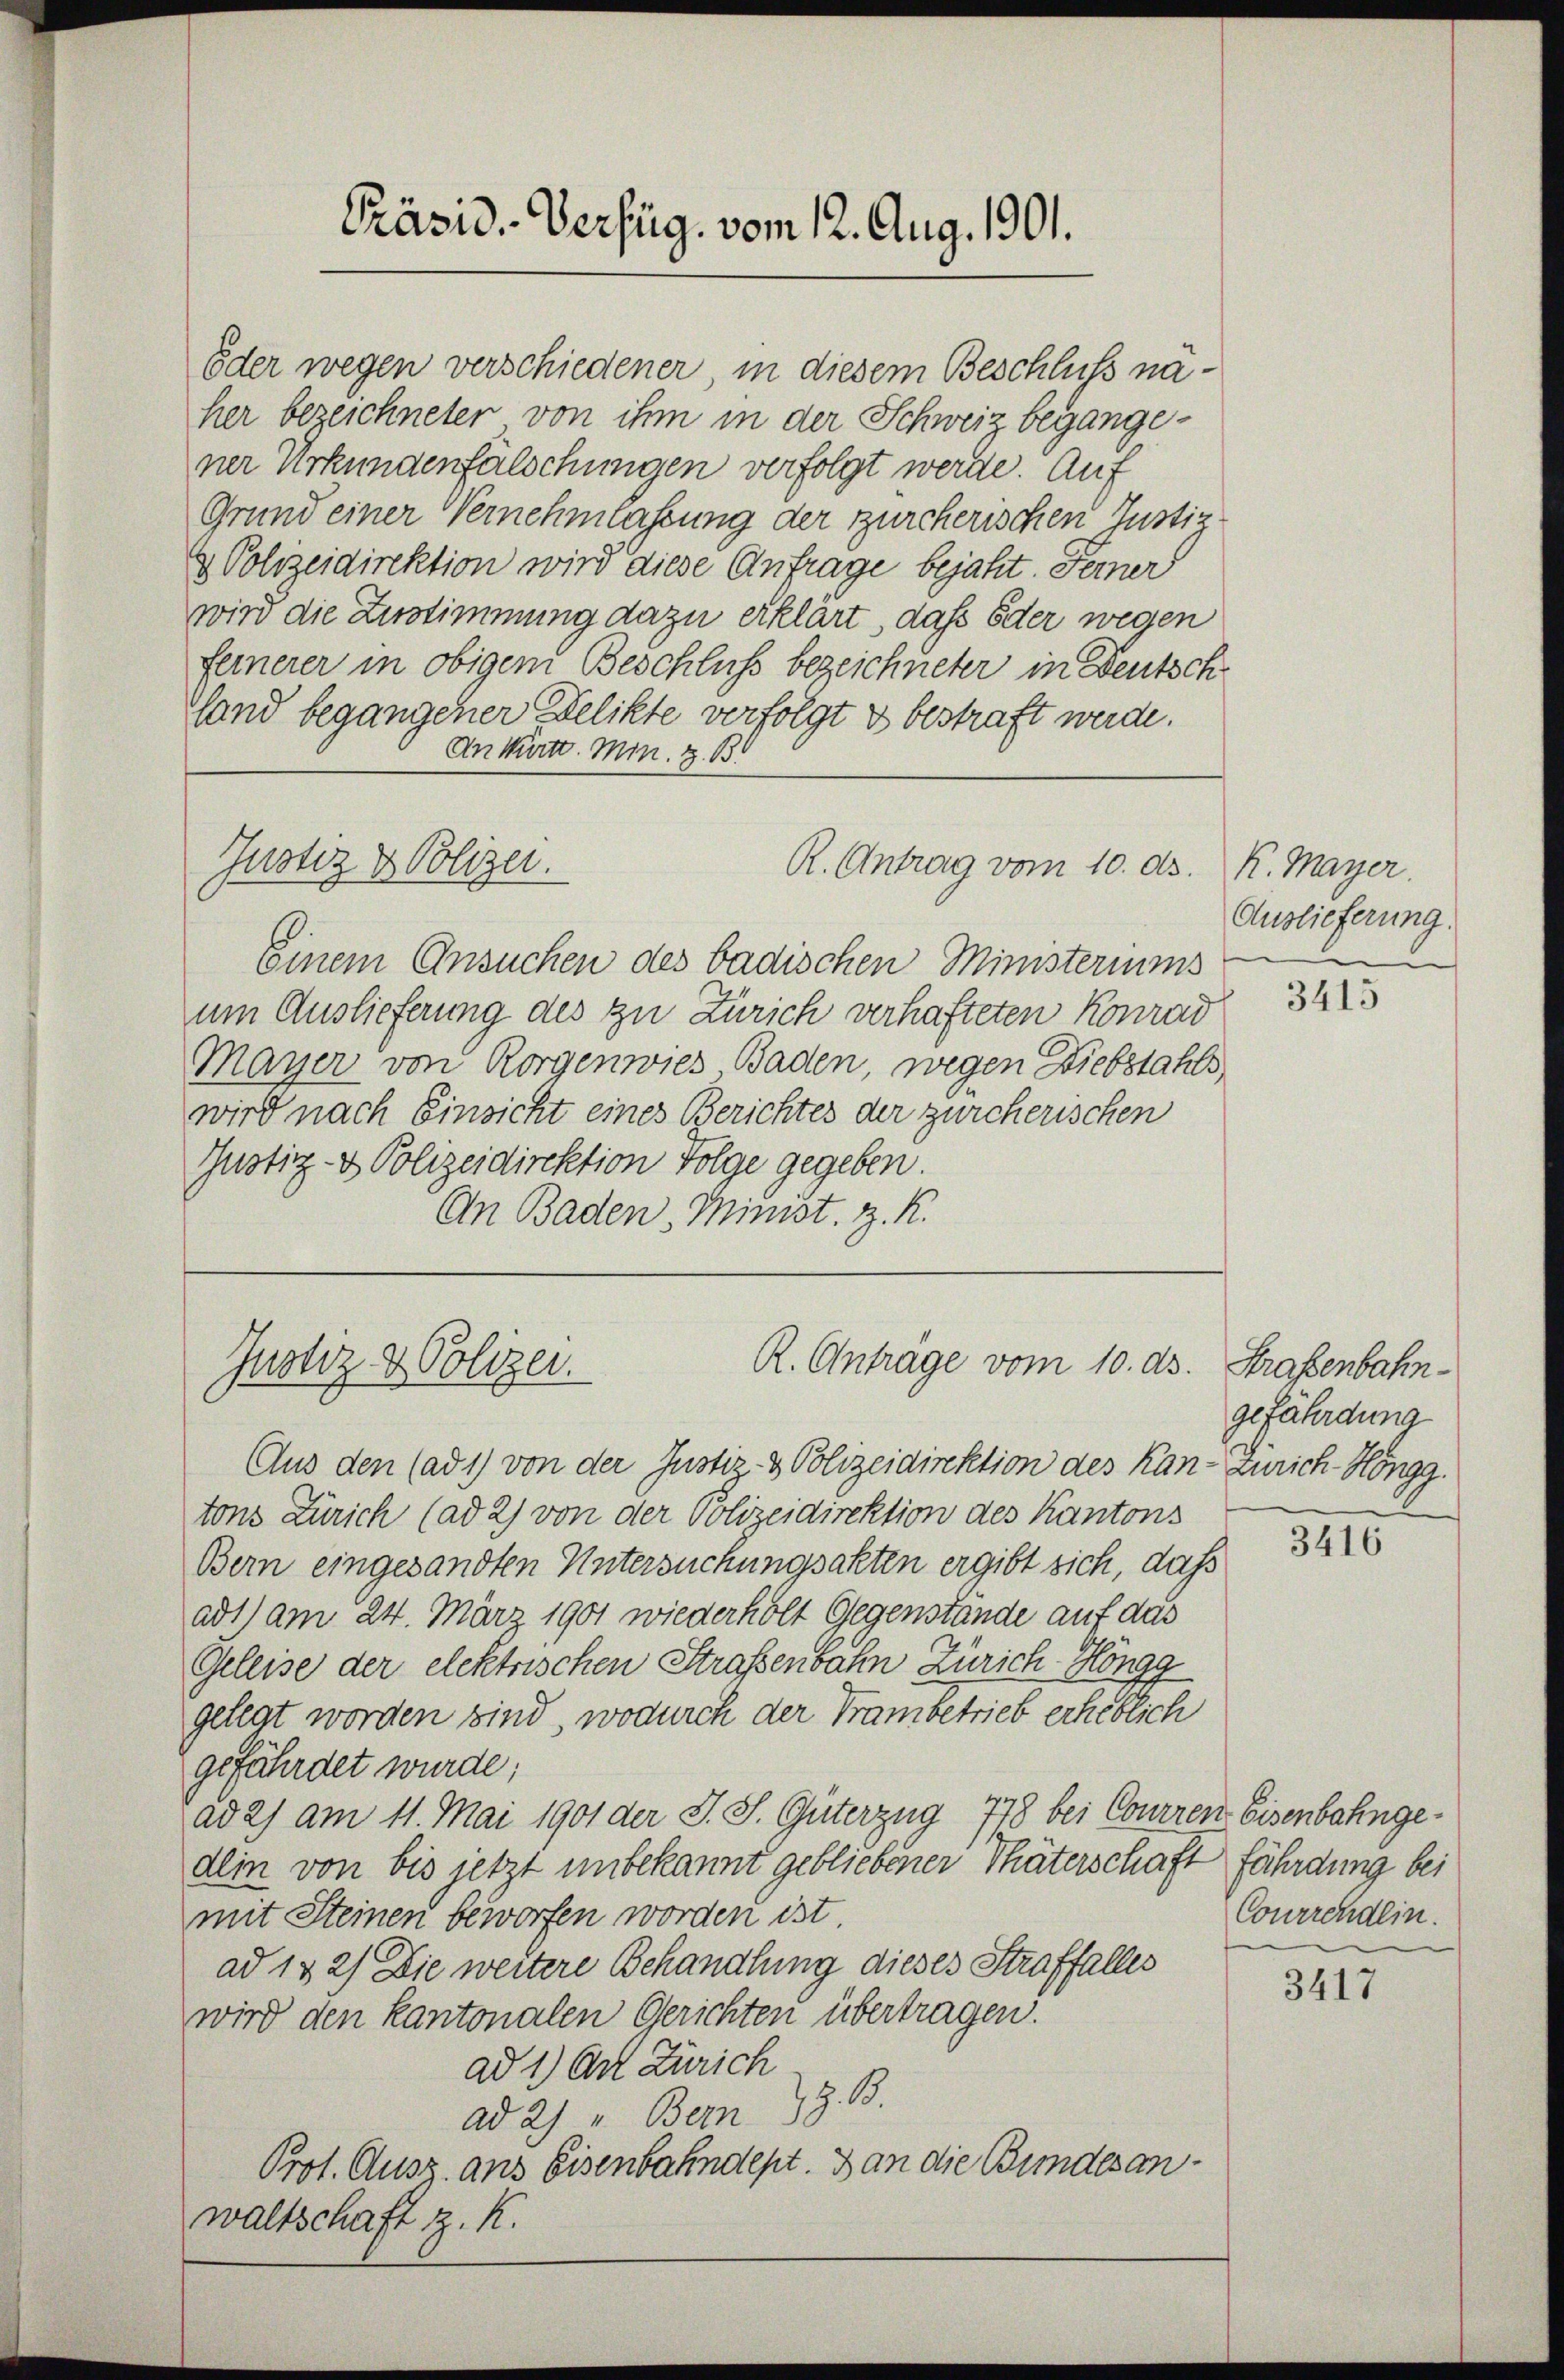
Oder wegen verschiedener, in diesem Beschluss naher bezeichneter von ihm in der Schweiz begangener Urkundenfälschungen verfolgt werde. Auf
Grund einer Vernehmlassung der zürcherischen Justiz-
 Polizeidirektion wird diese Anfrage bejaht. Ferner
wird die Zustimmung dazu erklärt, daß oder wegen
feinerer in obigem Beschluß bezeichneter in Deutsch
land begangener Delikte verfolgt u bestraft werde.
An Württ. Min. z. B
Justiz & Polizei.
R. Antrag vom 10. ds. K. Mayer.
Einem Ansuchen des badischen Ministeriums
um Auslieferung des zu Zürich verhafteten Konrad
Mayer von Horgenwies Baden, wegen Diebstahls
wird nach Einsicht eines Berichtes der zürcherischen
Justiz- & Polizeidirektion folge gegeben.
An Baden, Minist. z. R.

Präsid. Verfüg. vom 12. Aug. 1901.

R. Anträge vom 10. ds.
Gnotiz & Polizei.

Aus den (ad 1) von der Justiz- & Polizeidirektion des Kan-Zürich-Höngg.
tons Zürich (ad 2) von der Polizeidirektion des Kantons
Bern eingesandten Untersuchungsakten ergibt sich, daß
ad1) am 24. März 1901 wiederholt Gegenstände auf das
Geleise der elektrischen Straßenbahn Zürich Höngg
gelegt worden sind, wodurch der Trambetrieb erheblich
gefährdet wurde;
ad 2) am 11. Mai 1901 der J. S. Güterzug 778 bei Courren Eisenbahngedlin von bis jetzt unbekannt gebliebener Thäterschaft fährdung bei
mit Steinen beworfen worden ist.
ad 132) Die weitere Behandlung dieses Straffalles
wird den kantonalen Gerichten übertragen.
ad 1) Art Zürich
ad 2) " Bern z. B.
Prot. Ausz. aus Eisenbahndept. Dan die Bundesanwaltschaft z. K.

Auslieferung.

3415

Strafenbahngefährdung

3416

Courrendlin.

3417